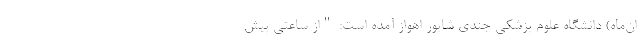
ان‌ماه) دانشگاه علوم پزشکی جندی شاپور اهواز آمده است: "از ساعتی پیش